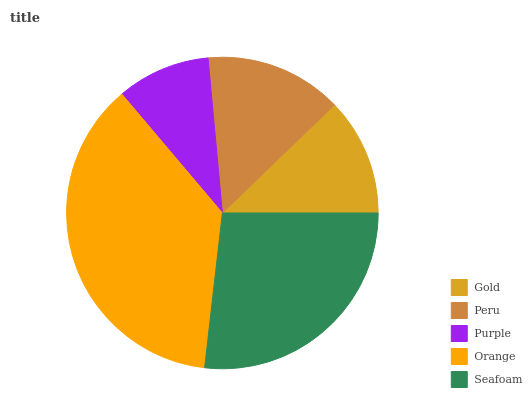
| Gold | Peru | Purple | Orange | Seafoam |
 | --- | --- | --- | --- | --- |
 | 12.2% | 14.3% | 9.71% | 37.1% | 26.7% |